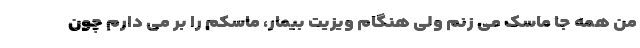
من همه جا ماسک می زنم ولی هنگام ویزیت بیمار، ماسکم را بر می دارم چون